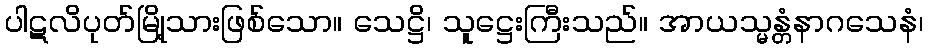
ပါဋလိပုတ်မြို့သားဖြစ်သော။ သေဋ္ဌိ၊ သူဋ္ဌေးကြီးသည်။ အာယသ္မန္တံနာဂသေနံ၊